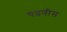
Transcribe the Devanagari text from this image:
चढणीस